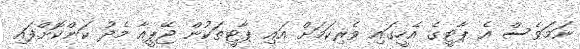
ނަމަވެސް އެ ޕާޓީގެ އެހީގައި ވެރިކަމަށް އައި ޕާޓީތަކުން ޖޭޕީއާ މެދު ކަންކޮށްފައި